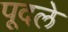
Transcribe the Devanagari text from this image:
पूदले